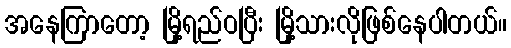
အနေကြာတော့ မြို့ရည်ဝပြီး မြို့သားလိုဖြစ်နေပါတယ်။